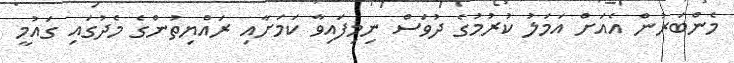
މެންބަރުން އެއަށް އަމަލު ކުރުމުގެ ދުވަސް ނިމިފައިވާ ކަމަށާއި ރައްޔިތުންގެ މެދުގައި ގައުމީ